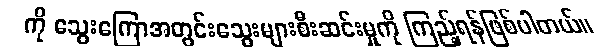
ကို သွေးကြောအတွင်းသွေးများစီးဆင်းမှုကို ကြည့်ရန်ဖြစ်ပါတယ်။